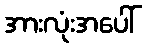
အားလုံးအပေါ်